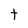
Character: t